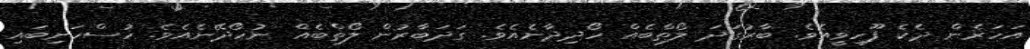
އަހަރެން ދެކެ ފޫހިވީއެވެ. ބާރުގަދަ ލޯތްބެއް ހޯދިދާނެއެވެ. ގަދަބާރުން ލޯތްބެއް ނުހޯދޭނެއެވެ. ހުސްހަށިބައި